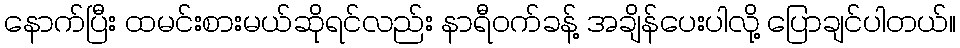
နောက်ပြီး ထမင်းစားမယ်ဆိုရင်လည်း နာရီဝက်ခန့် အချိန်ပေးပါလို့ ပြောချင်ပါတယ်။